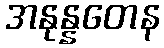
အနုန္နတေန